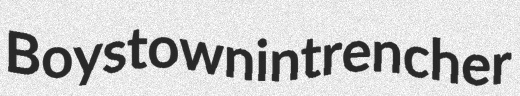
Boystown intrencher